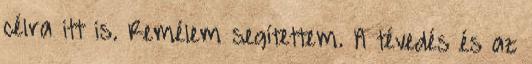
célra itt is. Remélem segítettem. A tévedés és az